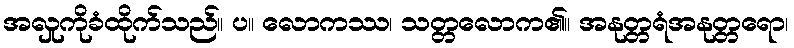
အလှုကိုခံထိုက်သည်။ ပ။ လောကဿ၊ သတ္တလောက၏။ အနုတ္တရံအနုတ္တရော၊